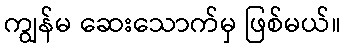
ကျွန်မ ဆေးသောက်မှ ဖြစ်မယ်။